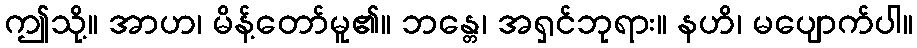
ဤသို့။ အာဟ၊ မိန့်တော်မူ၏။ ဘန္တေ၊ အရှင်ဘုရား။ နဟိ၊ မပျောက်ပါ။